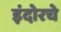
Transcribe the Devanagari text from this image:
इंदोरचे